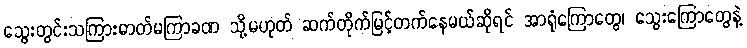
သွေးတွင်းသကြားဓာတ်မကြာခဏ သို့မဟုတ် ဆက်တိုက်မြင့်တက်နေမယ်ဆိုရင် အာရုံကြောတွေ၊ သွေးကြောတွေနဲ့